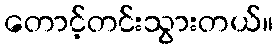
တောင့်တင်းသွားတယ်။